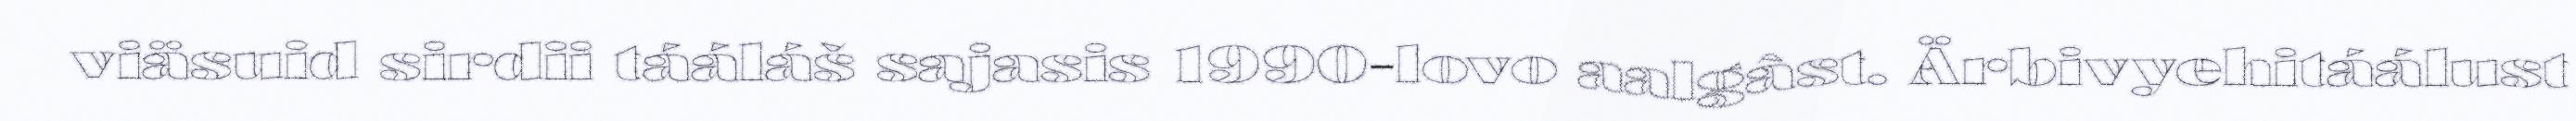
viäsuid sirdii tááláš sajasis 1990-lovo aalgâst. Ärbivyehitáálust